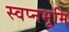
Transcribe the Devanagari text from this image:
स्वप्नभूमि